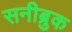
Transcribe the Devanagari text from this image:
सनीब्रुक